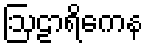
ဩဠာရိကေန